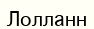
Лолланн